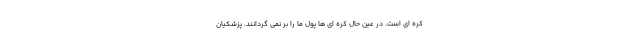
کره ای است. در عین حال کره ای ها پول ما را بر نمی گردانند. پزشکیان